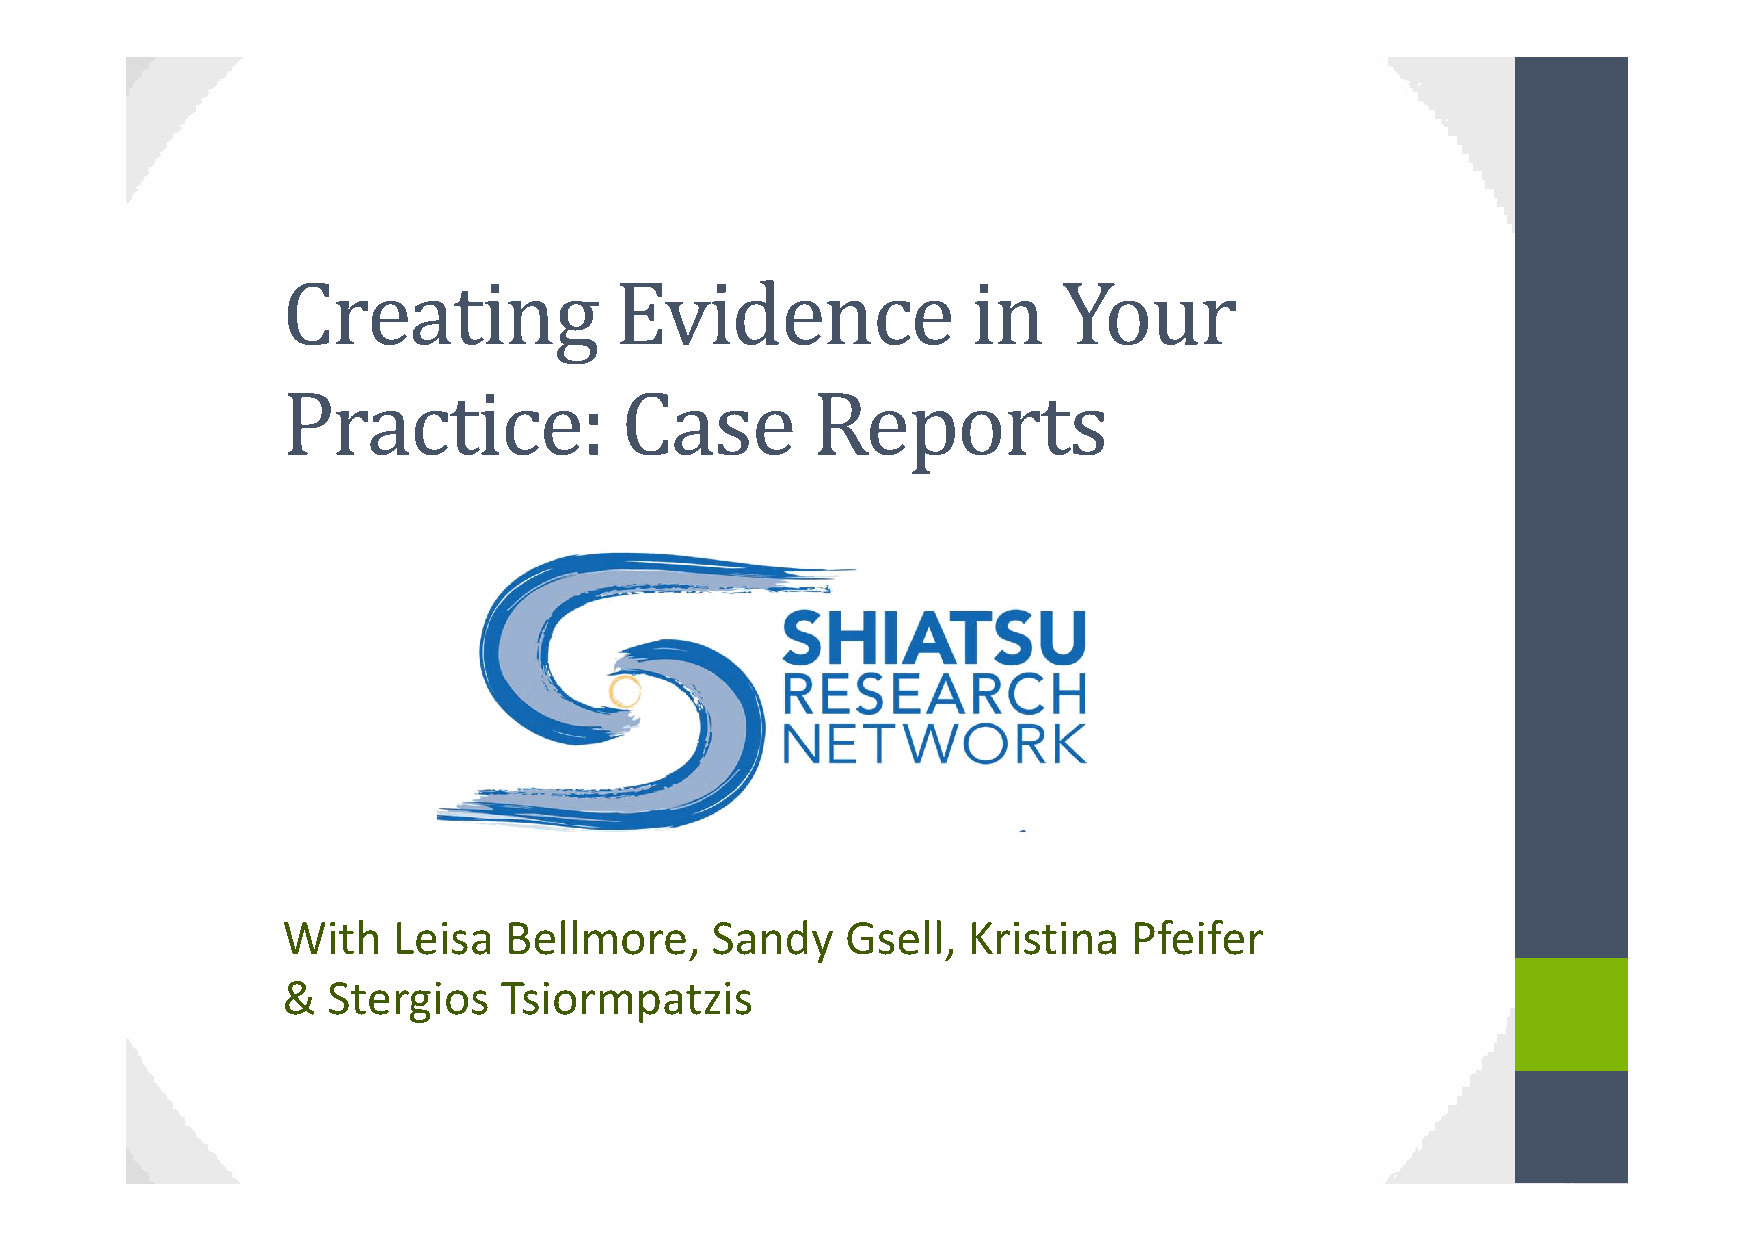
Creating              Evidence               in    Your
 Practice:             Case         Reports
 With   Leisa  Bellmore,     Sandy    Gsell,  Kristina   Pfeifer
 &  Stergios   Tsiormpatzis